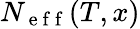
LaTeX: N_{\mathrm{~e~f~f~}}(T,x)